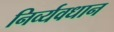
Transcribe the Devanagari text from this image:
निर्व्यवधान